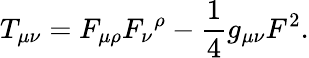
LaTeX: T_{\mu\nu}=F_{\mu\rho}{F_{\nu}}^{\rho}-{\frac{1}{4}}g_{\mu\nu}F^{2}.